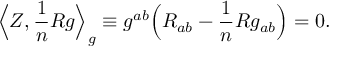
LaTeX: { \Big \langle } Z , { \frac { 1 } { n } } R g { \Big \rangle } _ { g } \equiv g ^ { a b } { \Big ( } R _ { a b } - { \frac { 1 } { n } } R g _ { a b } { \Big ) } = 0 .